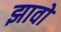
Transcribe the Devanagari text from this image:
झावो